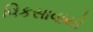
વિકસાવાયો